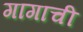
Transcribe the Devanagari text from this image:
गागाची